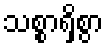
သစ္စာရှိစွာ